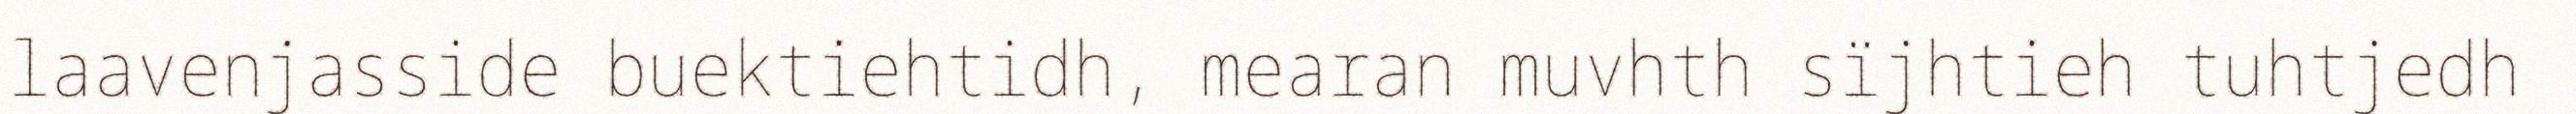
laavenjasside buektiehtidh, mearan muvhth sïjhtieh tuhtjedh